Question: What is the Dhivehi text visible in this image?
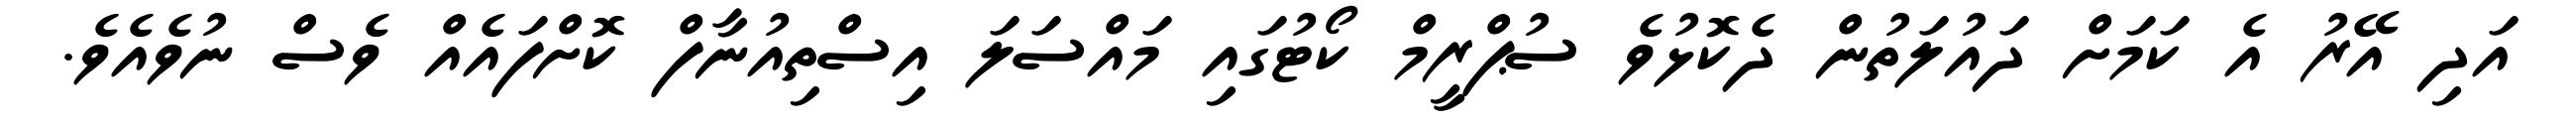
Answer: އަދި އޭރު އެ ކަމަށް ދައުލަތުން ދެކޮޅުވެ ސުޕްރީމް ކޯޓުގައި މައްސަލަ އިސްތިއުނާފް ކޮށްފައެއް ވެސް ނުވެއެވެ.